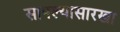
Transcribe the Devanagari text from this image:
सापल्यासारखा